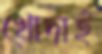
খোদাই